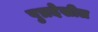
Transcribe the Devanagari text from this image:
पुत्रदेखील